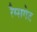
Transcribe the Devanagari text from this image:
रैम्सगेट